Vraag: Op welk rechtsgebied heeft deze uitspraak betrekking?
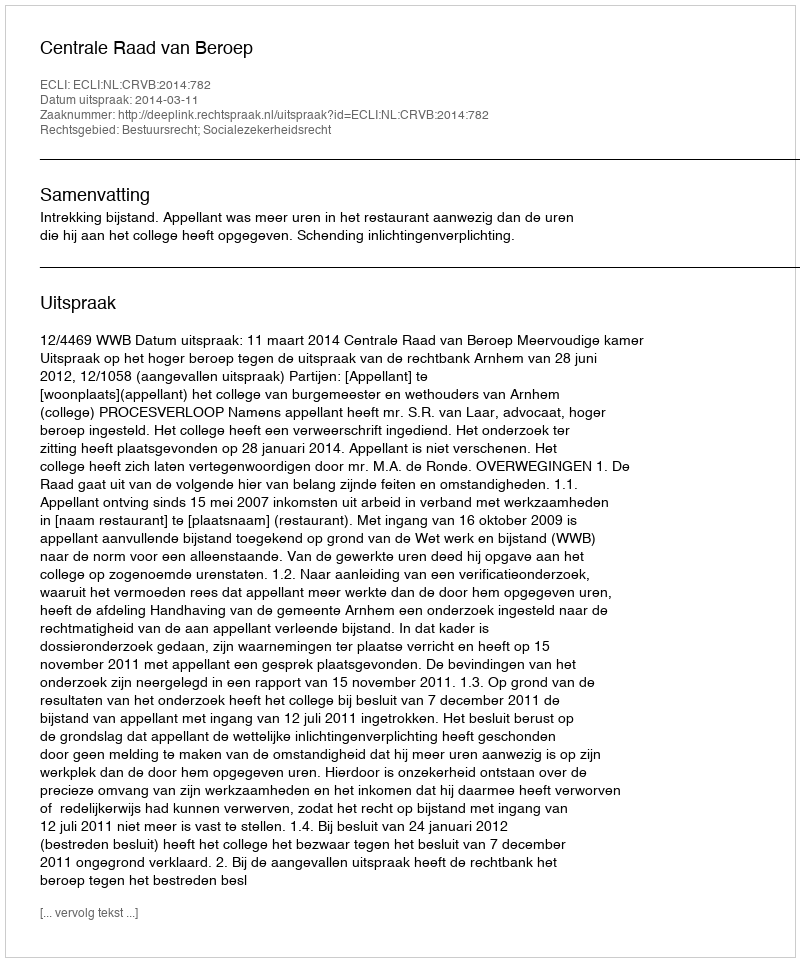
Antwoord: Bestuursrecht; Socialezekerheidsrecht